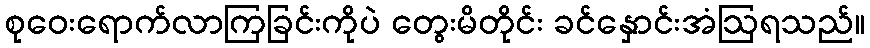
စုဝေးရောက်လာကြခြင်းကိုပဲ တွေးမိတိုင်း ခင်နှောင်းအံဩရသည်။